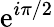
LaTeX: \mathrm{e}^{i\pi/2}